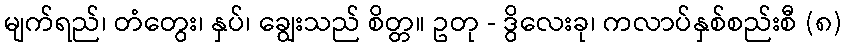
မျက်ရည်၊ တံတွေး၊ နှပ်၊ ချွေးသည် စိတ္တ။ ဥတု - ဒွိလေးခု၊ ကလာပ်နှစ်စည်းစီ (၈)